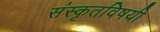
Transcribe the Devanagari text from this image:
संस्कृतविषयी